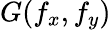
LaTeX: G(f_{x},f_{y})